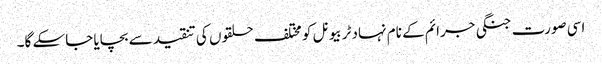
اسی صورت جنگی جرائم کے نام نہاد ٹربیونل کو مختلف حلقوں کی تنقید سے بچایا جاسکے گا۔